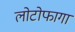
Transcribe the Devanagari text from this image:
लोटोफागा